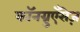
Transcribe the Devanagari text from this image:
कॉनग्रुएँसेज़